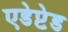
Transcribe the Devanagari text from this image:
एडेप्टेड